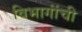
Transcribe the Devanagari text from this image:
विभागांंची